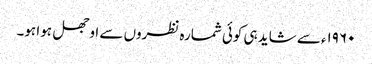
۱۹۶۰ء سے شاید ہی کوئی شمارہ نظروں سے اوجھل ہوا ہو۔